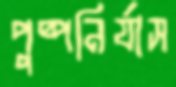
পুষ্পনির্যাস